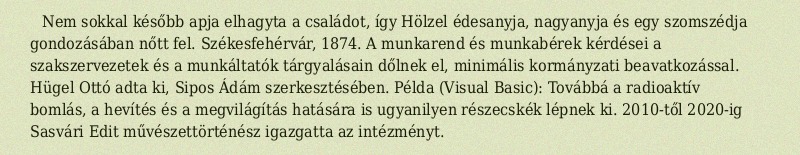
Nem sokkal később apja elhagyta a családot, így Hölzel édesanyja, nagyanyja és egy szomszédja gondozásában nőtt fel. Székesfehérvár, 1874. A munkarend és munkabérek kérdései a szakszervezetek és a munkáltatók tárgyalásain dőlnek el, minimális kormányzati beavatkozással. Hügel Ottó adta ki, Sipos Ádám szerkesztésében. Példa (Visual Basic): Továbbá a radioaktív bomlás, a hevítés és a megvilágítás hatására is ugyanilyen részecskék lépnek ki. 2010-től 2020-ig Sasvári Edit művészettörténész igazgatta az intézményt.